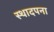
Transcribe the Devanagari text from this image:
स्थादपना